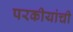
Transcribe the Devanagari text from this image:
परकीयांची